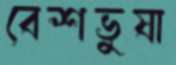
বেশভুষা